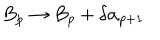
B _ { p } \rightarrow B _ { p } + \delta \alpha _ { p + 1 }